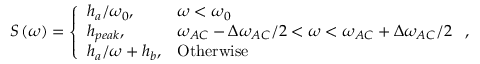
S \left( \omega \right) = \left\{ \begin{array} { l l } { h _ { a } / \omega _ { 0 } , } & { \omega < \omega _ { 0 } } \\ { h _ { p e a k } , } & { \omega _ { A C } - \Delta \omega _ { A C } / 2 < \omega < \omega _ { A C } + \Delta \omega _ { A C } / 2 } \\ { h _ { a } / \omega + h _ { b } , } & { \mathrm { O t h e r w i s e } } \end{array} \right. ,